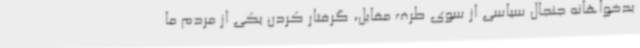
بدخواهانه جنجال سیاسی از سوی طرف مقابل، گرفتار کردن یکی از مردم ما